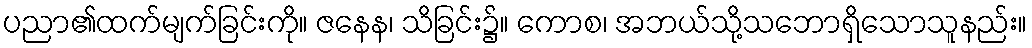
ပညာ၏ထက်မျက်ခြင်းကို။ ဇနေန၊ သိခြင်း၌။ ကောစ၊ အဘယ်သို့သဘောရှိသောသူနည်း။